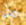
من